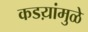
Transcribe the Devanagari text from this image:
कडय़ांमुळे